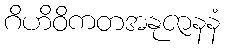
ဂိဟိဝိကတအနုဇာနနံ